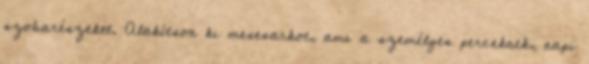
szobarészeket. Alakítson ki mesesarkot, ami a személyes perceknek, napi